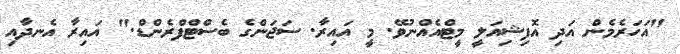
"އަހަރެމެން އަދި އޮފިޝިއަލީ މީޓްއެއްނުވޭ. މީ އައިރާ. ސަޖަންގެ ބެސްޓްފްރެންޑް." އައިރާ އެނދާއި